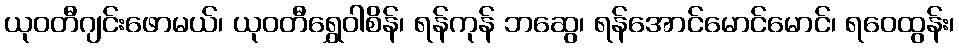
ယုဝတီဂျင်းဖောမယ်၊ ယုဝတီရွှေဝါစိန်၊ ရန်ကုန် ဘဆွေ၊ ရန်အောင်မောင်မောင်၊ ရဝေထွန်း၊